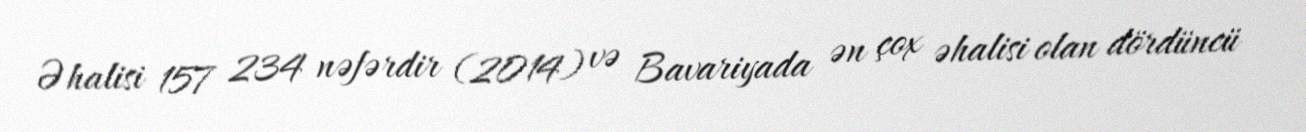
Əhalisi 157 234 nəfərdir (2014) və Bavariyada ən çox əhalisi olan dördüncü